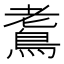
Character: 𪀧